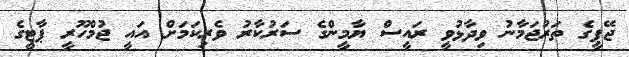
ޖޭޕީގެ ތަރުޖަމާނު ވިދާޅުވީ ރައީސް ޔާމީންގެ ސަރުކާރު ވެރިކަމަށް އައީ ޖުމްހޫރީ ޕާޓީގެ